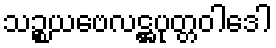
သဉ္စယဗေလဋ္ဌပုတ္တဝါဒေါ